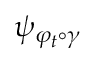
\psi _ { \varphi _ { t } \circ \gamma }